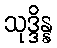
သုဒ္ဒိန္န